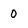
Character: 0